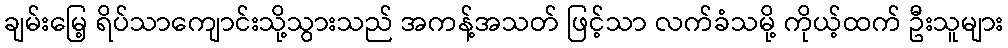
ချမ်းမြေ့ ရိပ်သာကျောင်းသို့သွားသည် အကန့်အသတ် ဖြင့်သာ လက်ခံသမို့ ကိုယ့်ထက် ဦးသူများ